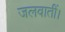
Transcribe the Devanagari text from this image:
जलवातीं।